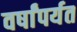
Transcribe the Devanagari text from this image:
वर्षांपर्यत